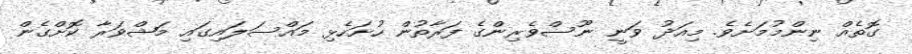
ގޮތެއް ނިންމުމަށެވެ. މިއަދު ވަނީ ނޫސްވެރިންގެ ފަރާތުން ހުށަހެޅި މައްސަލައިގައި މަޝްވަރާ ކޮށްގެން